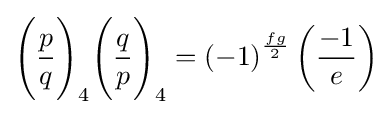
{\Bigg (}{\frac {p}{q}}{\Bigg )}_{4}{\Bigg (}{\frac {q}{p}}{\Bigg )}_{4}=\left(-1\right)^{\frac {fg}{2}}\left({\frac {-1}{e}}\right)